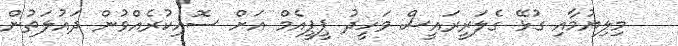
މިލިޔުމާއި ގުޅޭ ގެލަރީރައީސް ވަހީދު ޕީޕީއެމް އަށް ސޮއިކުރެއްވުން ދައުލަތުން